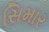
સિમાર